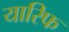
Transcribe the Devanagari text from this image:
यारिफ